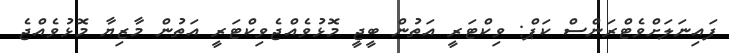
ފައިނަލަށްވެޓްރަންސް ކަޕް: ވިކްޓަރީ އަތުން ބީޖީ މޮޅުވެއްޖެވިކްޓަރީ އަތުން މާޒިޔާ މޮޅުވެއްޖެ